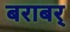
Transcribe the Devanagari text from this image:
बराबर्